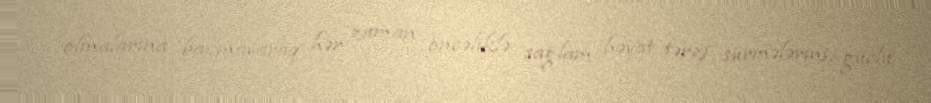
olmalarına baxmayaraq hər zaman öncəliklə sağlam həyat tərzi sürmələrini, güclü